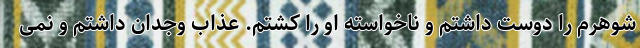
شوهرم را دوست داشتم و ناخواسته او را کشتم. عذاب وجدان داشتم و نمی